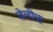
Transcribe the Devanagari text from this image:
वेलीचा